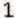
1